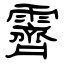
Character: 霽